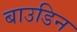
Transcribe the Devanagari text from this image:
बाउडिन